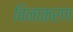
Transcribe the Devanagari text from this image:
विनाकरण